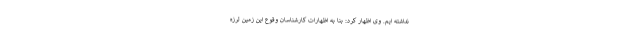
نداشته ایم. وی اظهار کرد: بنا به اظهارات کارشناسان وقوع این زمین لرزه